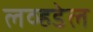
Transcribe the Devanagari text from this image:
लव्हडेल